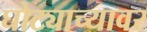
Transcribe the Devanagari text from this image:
घोट्याच्यावर